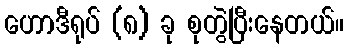
ဟောဒီရုပ် (၈) ခု စုတွဲပြီးနေတယ်။